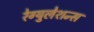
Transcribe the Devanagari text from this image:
रेग्युलेशन्स